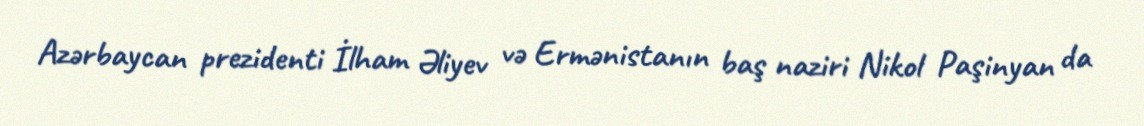
Azərbaycan prezidenti İlham Əliyev və Ermənistanın baş naziri Nikol Paşinyan da